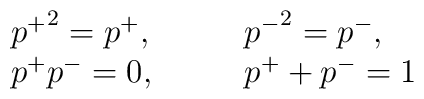
\begin{array}{ll} {p^+}^2=p^+, &\qquad {p^-}^2=p^-,\\p^+p^-=0, &\qquad p^++p^-=1\end{array}